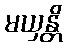
မယှန္တိ